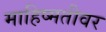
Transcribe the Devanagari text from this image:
माहिष्मतीवर